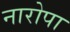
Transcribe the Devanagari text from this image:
नारोपा